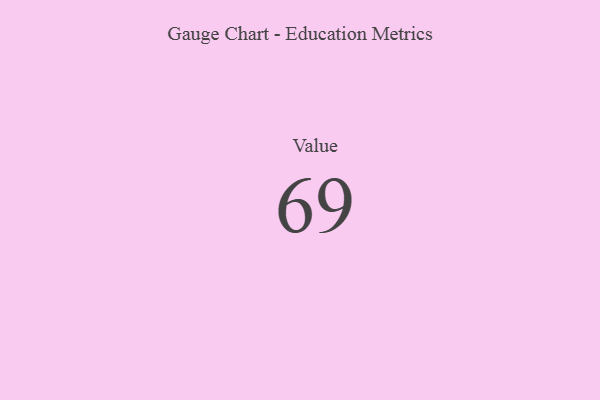
{"axis": {"x": "Metric", "y": "Value"}, "legend": [""], "data": [{"x": "Value", "y": 69, "type": ""}]}